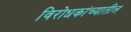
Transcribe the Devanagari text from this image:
विरोधकांच्यातील